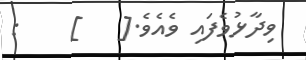
ވިދާޅުވެފައި ވެއެވެ.[   ]    :